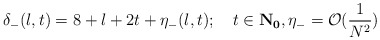
\begin{align*}\delta_{-}(l,t)=8+l+2t+\eta_{-}(l,t); \quad t\in {\bf{N}_0}, \eta_{-}= \mathcal{O}(\frac{1}{N^2})\end{align*}